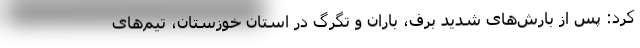
کرد: پس از بارش‌های شدید برف، باران و تگرگ در استان خوزستان، تیم‌های